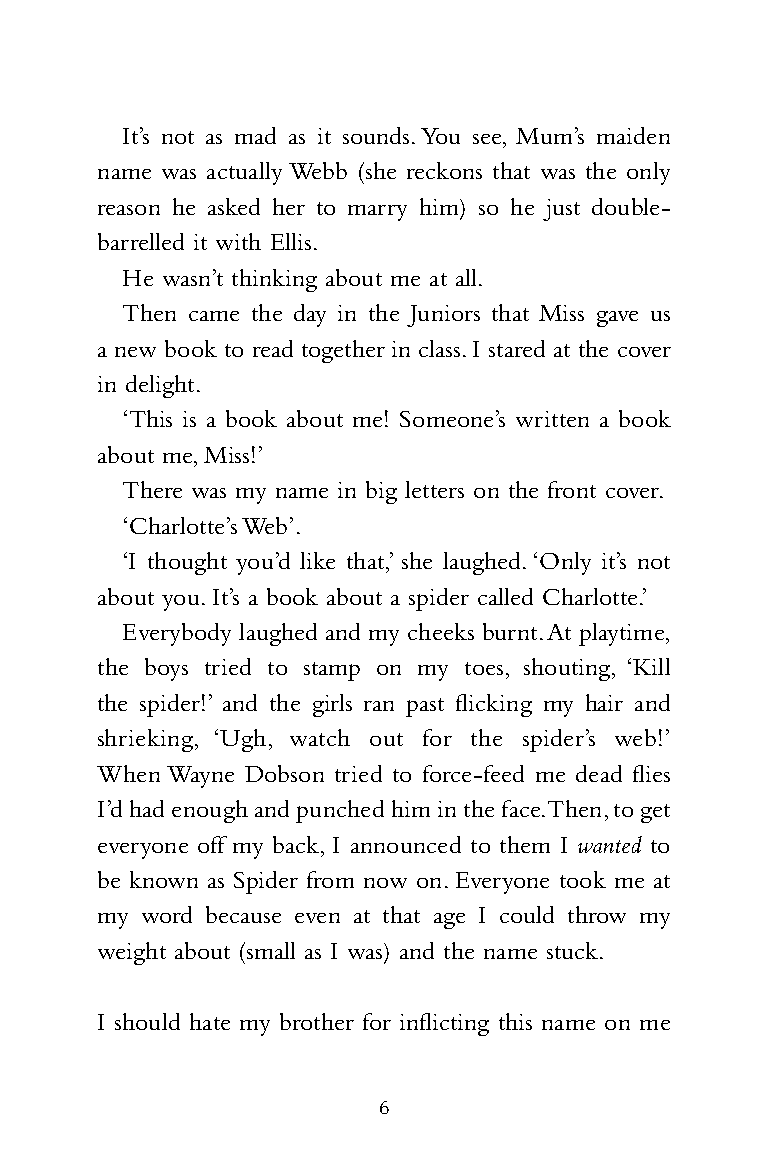
HS1698_PridePenals_Reiss09 05/11/2009 13:31 Page 6
 It’s not as mad as it sounds.You see, Mum’s maiden
 name was actually Webb (she reckons that was the only
 reason he asked her to marry him) so he just double-
 barrelled it with Ellis.
 He wasn’t thinking about me at all.
 Then came the day in the Juniors that Miss gave us
 a new book to read together in class.I stared at the cover
 in delight.
 ‘This is a book about me! Someone’s written a book
 about me,Miss!’
 There was my name in big letters on the front cover.
 ‘Charlotte’sWeb’.
 ‘I thought you’d like that,’ she laughed.‘Only it’s not
 about you.It’s a book about a spider called Charlotte.’
 Everybody laughed and my cheeks burnt.At playtime,
 the boys tried to stamp on my toes, shouting, ‘Kill
 the spider!’ and the girls ran past flicking my hair and
 shrieking, ‘Ugh, watch out for the spider’s web!’
 When Wayne Dobson tried to force-feed me dead flies
 I’dhad enough and punched him in the face.Then,to get
 everyone off my back,I announced to them I wanted to
 be known as Spider from now on.Everyone took me at
 my word because even at that age I could throw my
 weight about (small as I was) and the name stuck.
 I should hate my brother for inflicting this name on me
 6